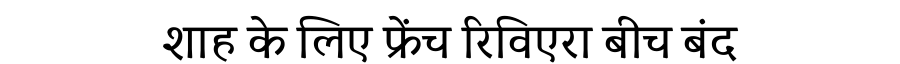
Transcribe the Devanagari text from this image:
शाह के लिए फ्रेंच रिविएरा बीच बंद